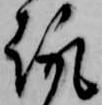
趣